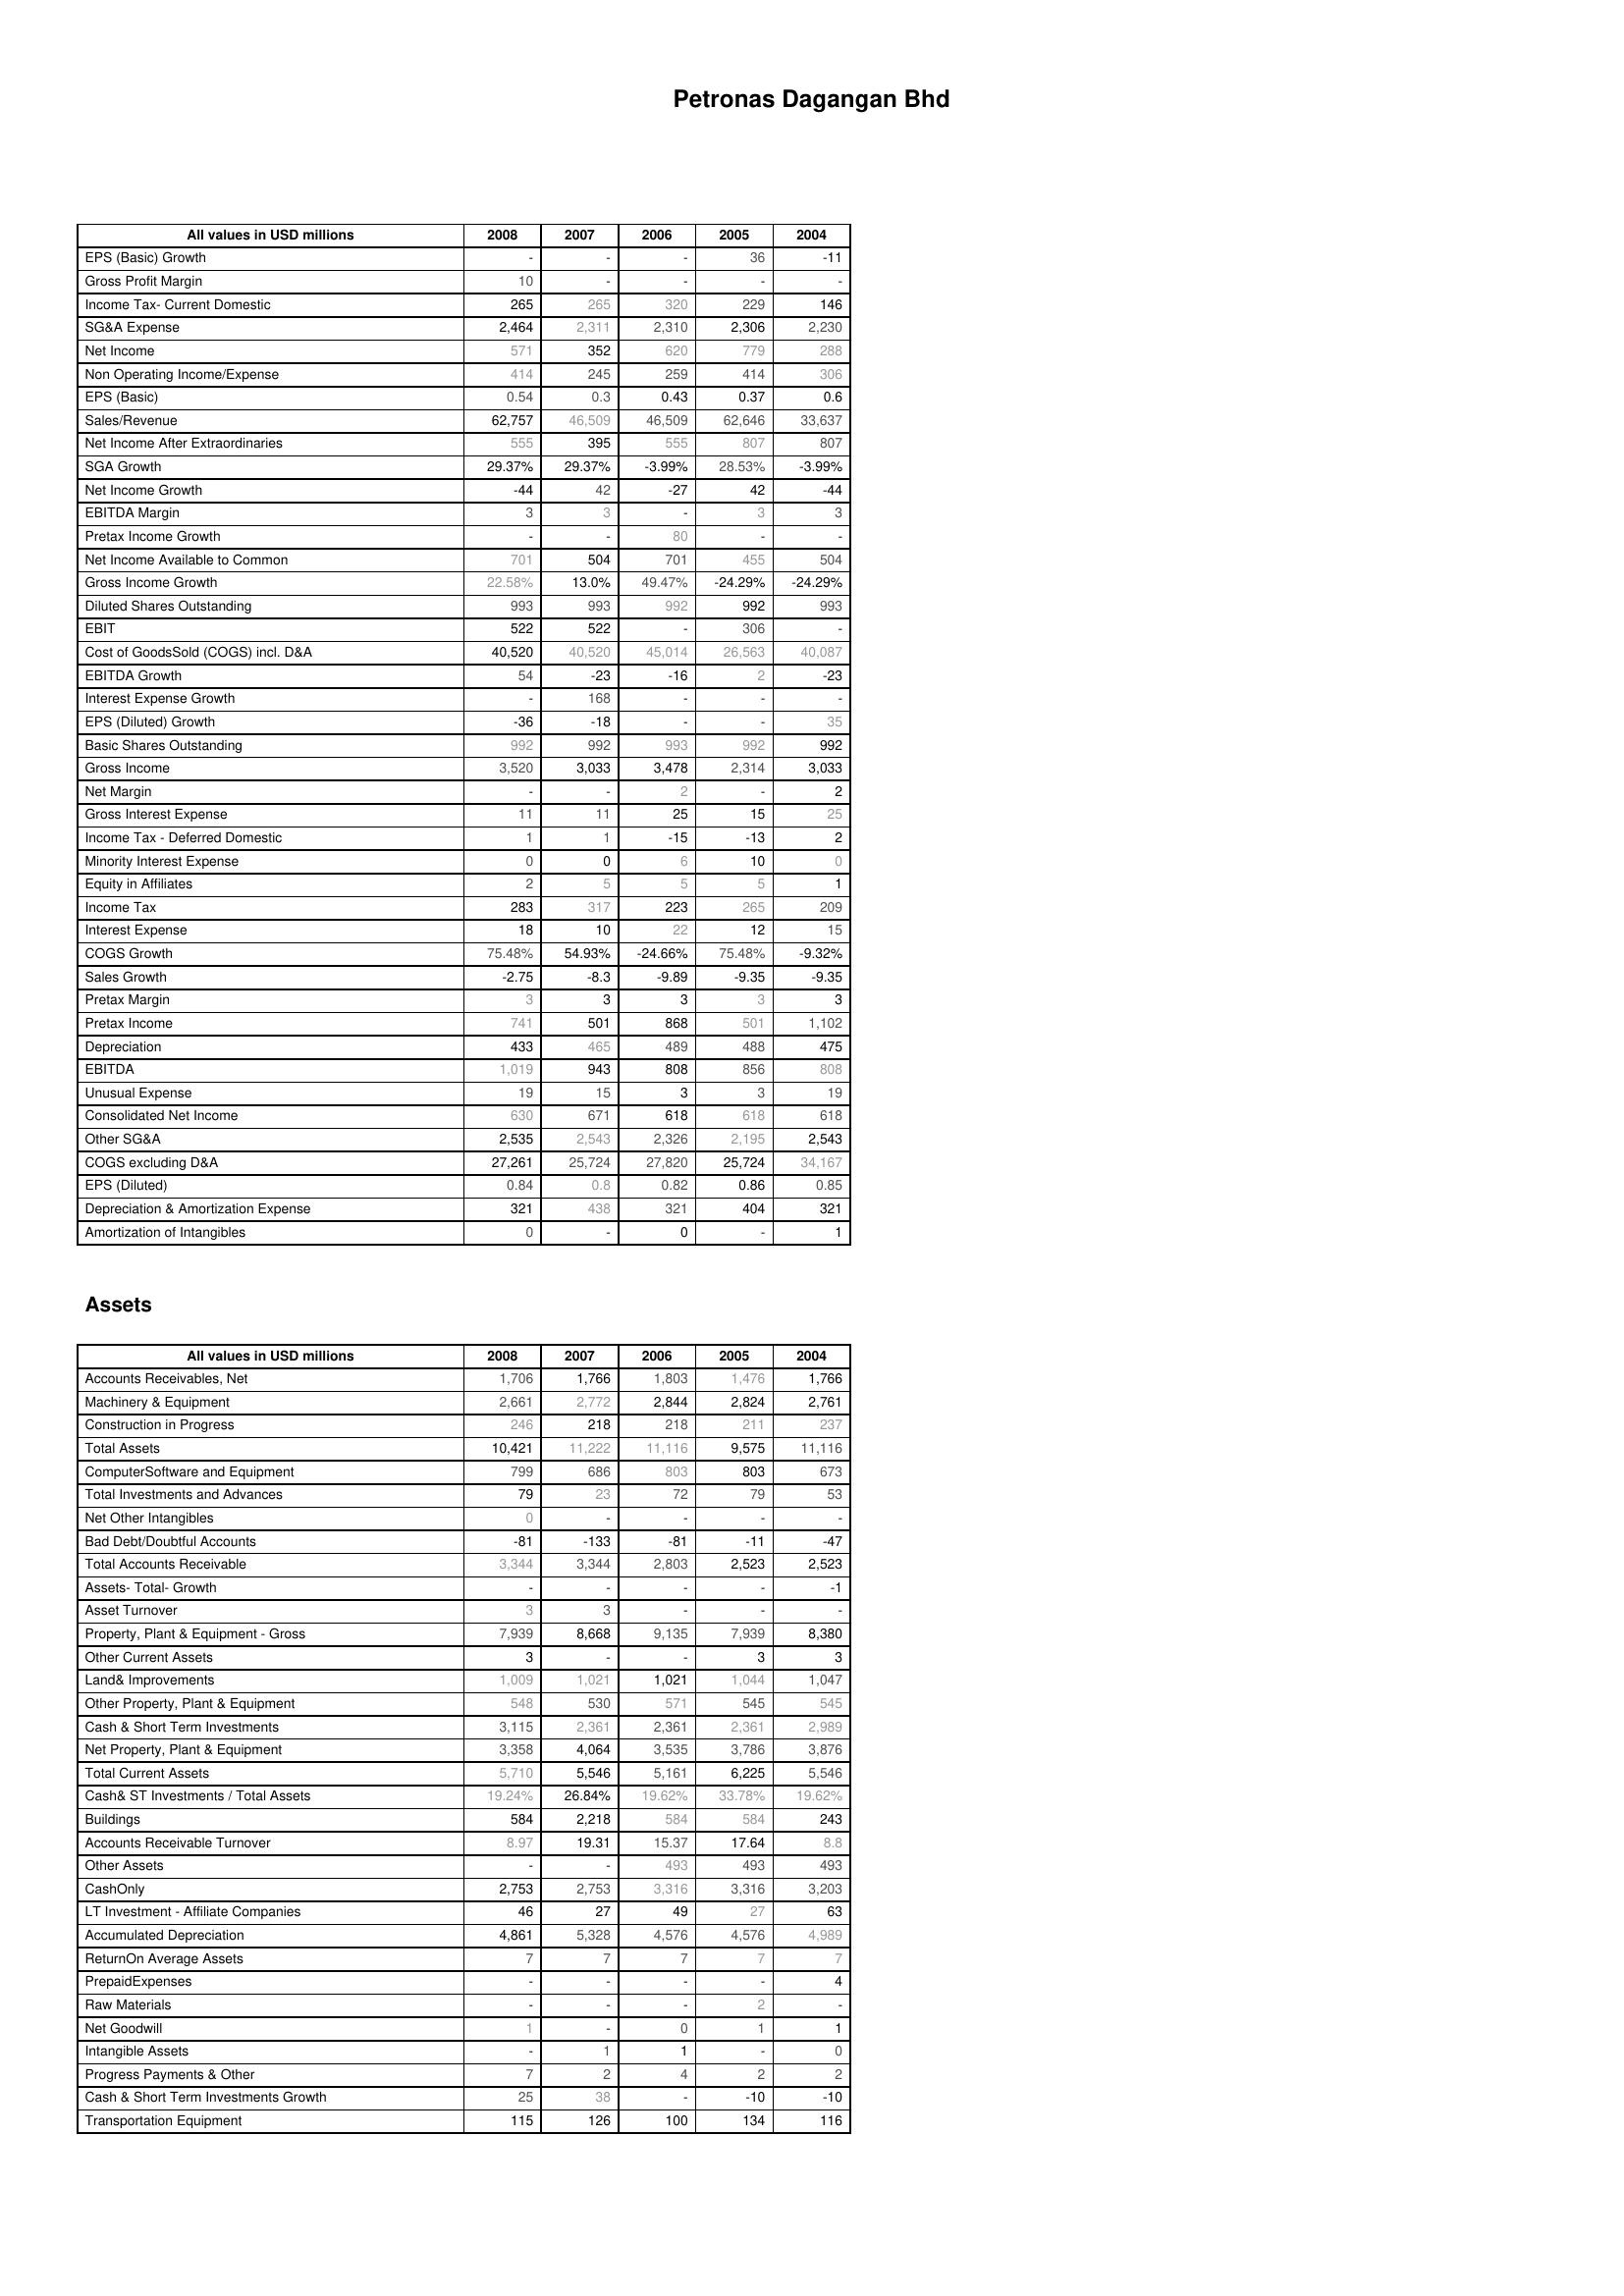
2008: : EPS (Basic) Growth: -
Gross Profit Margin: 10
Income Tax- Current Domestic: 265
SG&A Expense: 2,464
Net Income: 571
Non Operating Income/Expense: 414
EPS (Basic): 0.54
Sales/Revenue: 62,757
Net Income After Extraordinaries: 555
SGA Growth: 29.37%
Net Income Growth: -44
EBITDA Margin: 3
Pretax Income Growth: -
Net Income Available to Common: 701
Gross Income Growth: 22.58%
Diluted Shares Outstanding: 993
EBIT: 522
Cost of GoodsSold (COGS) incl. D&A: 40,520
EBITDA Growth: 54
Interest Expense Growth: -
EPS (Diluted) Growth: -36
Basic Shares Outstanding: 992
Gross Income: 3,520
Net Margin: -
Gross Interest Expense: 11
Income Tax - Deferred Domestic: 1
Minority Interest Expense: 0
Equity in Affiliates: 2
Income Tax: 283
Interest Expense: 18
COGS Growth: 75.48%
Sales Growth: -2.75
Pretax Margin: 3
Pretax Income: 741
Depreciation: 433
EBITDA: 1,019
Unusual Expense: 19
Consolidated Net Income: 630
Other SG&A: 2,535
COGS excluding D&A: 27,261
EPS (Diluted): 0.84
Depreciation & Amortization Expense: 321
Amortization of Intangibles: 0
Assets: Accounts Receivables, Net: 1,706
Machinery & Equipment: 2,661
Construction in Progress: 246
Total Assets: 10,421
ComputerSoftware and Equipment: 799
Total Investments and Advances: 79
Net Other Intangibles: 0
Bad Debt/Doubtful Accounts: -81
Total Accounts Receivable: 3,344
Assets- Total- Growth: -
Asset Turnover: 3
Property, Plant & Equipment - Gross : 7,939
Other Current Assets: 3
Land& Improvements: 1,009
Other Property, Plant & Equipment: 548
Cash & Short Term Investments: 3,115
Net Property, Plant & Equipment: 3,358
Total Current Assets: 5,710
Cash& ST Investments / Total Assets: 19.24%
Buildings: 584
Accounts Receivable Turnover: 8.97
Other Assets: -
CashOnly: 2,753
LT Investment - Affiliate Companies: 46
Accumulated Depreciation: 4,861
ReturnOn Average Assets: 7
PrepaidExpenses: -
Raw Materials: -
Net Goodwill: 1
Intangible Assets: -
Progress Payments & Other: 7
Cash & Short Term Investments Growth: 25
Transportation Equipment: 115
2007: : EPS (Basic) Growth: -
Gross Profit Margin: -
Income Tax- Current Domestic: 265
SG&A Expense: 2,311
Net Income: 352
Non Operating Income/Expense: 245
EPS (Basic): 0.3
Sales/Revenue: 46,509
Net Income After Extraordinaries: 395
SGA Growth: 29.37%
Net Income Growth: 42
EBITDA Margin: 3
Pretax Income Growth: -
Net Income Available to Common: 504
Gross Income Growth: 13.0%
Diluted Shares Outstanding: 993
EBIT: 522
Cost of GoodsSold (COGS) incl. D&A: 40,520
EBITDA Growth: -23
Interest Expense Growth: 168
EPS (Diluted) Growth: -18
Basic Shares Outstanding: 992
Gross Income: 3,033
Net Margin: -
Gross Interest Expense: 11
Income Tax - Deferred Domestic: 1
Minority Interest Expense: 0
Equity in Affiliates: 5
Income Tax: 317
Interest Expense: 10
COGS Growth: 54.93%
Sales Growth: -8.3
Pretax Margin: 3
Pretax Income: 501
Depreciation: 465
EBITDA: 943
Unusual Expense: 15
Consolidated Net Income: 671
Other SG&A: 2,543
COGS excluding D&A: 25,724
EPS (Diluted): 0.8
Depreciation & Amortization Expense: 438
Amortization of Intangibles: -
Assets: Accounts Receivables, Net: 1,766
Machinery & Equipment: 2,772
Construction in Progress: 218
Total Assets: 11,222
ComputerSoftware and Equipment: 686
Total Investments and Advances: 23
Net Other Intangibles: -
Bad Debt/Doubtful Accounts: -133
Total Accounts Receivable: 3,344
Assets- Total- Growth: -
Asset Turnover: 3
Property, Plant & Equipment - Gross : 8,668
Other Current Assets: -
Land& Improvements: 1,021
Other Property, Plant & Equipment: 530
Cash & Short Term Investments: 2,361
Net Property, Plant & Equipment: 4,064
Total Current Assets: 5,546
Cash& ST Investments / Total Assets: 26.84%
Buildings: 2,218
Accounts Receivable Turnover: 19.31
Other Assets: -
CashOnly: 2,753
LT Investment - Affiliate Companies: 27
Accumulated Depreciation: 5,328
ReturnOn Average Assets: 7
PrepaidExpenses: -
Raw Materials: -
Net Goodwill: -
Intangible Assets: 1
Progress Payments & Other: 2
Cash & Short Term Investments Growth: 38
Transportation Equipment: 126
2006: : EPS (Basic) Growth: -
Gross Profit Margin: -
Income Tax- Current Domestic: 320
SG&A Expense: 2,310
Net Income: 620
Non Operating Income/Expense: 259
EPS (Basic): 0.43
Sales/Revenue: 46,509
Net Income After Extraordinaries: 555
SGA Growth: -3.99%
Net Income Growth: -27
EBITDA Margin: -
Pretax Income Growth: 80
Net Income Available to Common: 701
Gross Income Growth: 49.47%
Diluted Shares Outstanding: 992
EBIT: -
Cost of GoodsSold (COGS) incl. D&A: 45,014
EBITDA Growth: -16
Interest Expense Growth: -
EPS (Diluted) Growth: -
Basic Shares Outstanding: 993
Gross Income: 3,478
Net Margin: 2
Gross Interest Expense: 25
Income Tax - Deferred Domestic: -15
Minority Interest Expense: 6
Equity in Affiliates: 5
Income Tax: 223
Interest Expense: 22
COGS Growth: -24.66%
Sales Growth: -9.89
Pretax Margin: 3
Pretax Income: 868
Depreciation: 489
EBITDA: 808
Unusual Expense: 3
Consolidated Net Income: 618
Other SG&A: 2,326
COGS excluding D&A: 27,820
EPS (Diluted): 0.82
Depreciation & Amortization Expense: 321
Amortization of Intangibles: 0
Assets: Accounts Receivables, Net: 1,803
Machinery & Equipment: 2,844
Construction in Progress: 218
Total Assets: 11,116
ComputerSoftware and Equipment: 803
Total Investments and Advances: 72
Net Other Intangibles: -
Bad Debt/Doubtful Accounts: -81
Total Accounts Receivable: 2,803
Assets- Total- Growth: -
Asset Turnover: -
Property, Plant & Equipment - Gross : 9,135
Other Current Assets: -
Land& Improvements: 1,021
Other Property, Plant & Equipment: 571
Cash & Short Term Investments: 2,361
Net Property, Plant & Equipment: 3,535
Total Current Assets: 5,161
Cash& ST Investments / Total Assets: 19.62%
Buildings: 584
Accounts Receivable Turnover: 15.37
Other Assets: 493
CashOnly: 3,316
LT Investment - Affiliate Companies: 49
Accumulated Depreciation: 4,576
ReturnOn Average Assets: 7
PrepaidExpenses: -
Raw Materials: -
Net Goodwill: 0
Intangible Assets: 1
Progress Payments & Other: 4
Cash & Short Term Investments Growth: -
Transportation Equipment: 100
2005: : EPS (Basic) Growth: 36
Gross Profit Margin: -
Income Tax- Current Domestic: 229
SG&A Expense: 2,306
Net Income: 779
Non Operating Income/Expense: 414
EPS (Basic): 0.37
Sales/Revenue: 62,646
Net Income After Extraordinaries: 807
SGA Growth: 28.53%
Net Income Growth: 42
EBITDA Margin: 3
Pretax Income Growth: -
Net Income Available to Common: 455
Gross Income Growth: -24.29%
Diluted Shares Outstanding: 992
EBIT: 306
Cost of GoodsSold (COGS) incl. D&A: 26,563
EBITDA Growth: 2
Interest Expense Growth: -
EPS (Diluted) Growth: -
Basic Shares Outstanding: 992
Gross Income: 2,314
Net Margin: -
Gross Interest Expense: 15
Income Tax - Deferred Domestic: -13
Minority Interest Expense: 10
Equity in Affiliates: 5
Income Tax: 265
Interest Expense: 12
COGS Growth: 75.48%
Sales Growth: -9.35
Pretax Margin: 3
Pretax Income: 501
Depreciation: 488
EBITDA: 856
Unusual Expense: 3
Consolidated Net Income: 618
Other SG&A: 2,195
COGS excluding D&A: 25,724
EPS (Diluted): 0.86
Depreciation & Amortization Expense: 404
Amortization of Intangibles: -
Assets: Accounts Receivables, Net: 1,476
Machinery & Equipment: 2,824
Construction in Progress: 211
Total Assets: 9,575
ComputerSoftware and Equipment: 803
Total Investments and Advances: 79
Net Other Intangibles: -
Bad Debt/Doubtful Accounts: -11
Total Accounts Receivable: 2,523
Assets- Total- Growth: -
Asset Turnover: -
Property, Plant & Equipment - Gross : 7,939
Other Current Assets: 3
Land& Improvements: 1,044
Other Property, Plant & Equipment: 545
Cash & Short Term Investments: 2,361
Net Property, Plant & Equipment: 3,786
Total Current Assets: 6,225
Cash& ST Investments / Total Assets: 33.78%
Buildings: 584
Accounts Receivable Turnover: 17.64
Other Assets: 493
CashOnly: 3,316
LT Investment - Affiliate Companies: 27
Accumulated Depreciation: 4,576
ReturnOn Average Assets: 7
PrepaidExpenses: -
Raw Materials: 2
Net Goodwill: 1
Intangible Assets: -
Progress Payments & Other: 2
Cash & Short Term Investments Growth: -10
Transportation Equipment: 134
2004: : EPS (Basic) Growth: -11
Gross Profit Margin: -
Income Tax- Current Domestic: 146
SG&A Expense: 2,230
Net Income: 288
Non Operating Income/Expense: 306
EPS (Basic): 0.6
Sales/Revenue: 33,637
Net Income After Extraordinaries: 807
SGA Growth: -3.99%
Net Income Growth: -44
EBITDA Margin: 3
Pretax Income Growth: -
Net Income Available to Common: 504
Gross Income Growth: -24.29%
Diluted Shares Outstanding: 993
EBIT: -
Cost of GoodsSold (COGS) incl. D&A: 40,087
EBITDA Growth: -23
Interest Expense Growth: -
EPS (Diluted) Growth: 35
Basic Shares Outstanding: 992
Gross Income: 3,033
Net Margin: 2
Gross Interest Expense: 25
Income Tax - Deferred Domestic: 2
Minority Interest Expense: 0
Equity in Affiliates: 1
Income Tax: 209
Interest Expense: 15
COGS Growth: -9.32%
Sales Growth: -9.35
Pretax Margin: 3
Pretax Income: 1,102
Depreciation: 475
EBITDA: 808
Unusual Expense: 19
Consolidated Net Income: 618
Other SG&A: 2,543
COGS excluding D&A: 34,167
EPS (Diluted): 0.85
Depreciation & Amortization Expense: 321
Amortization of Intangibles: 1
Assets: Accounts Receivables, Net: 1,766
Machinery & Equipment: 2,761
Construction in Progress: 237
Total Assets: 11,116
ComputerSoftware and Equipment: 673
Total Investments and Advances: 53
Net Other Intangibles: -
Bad Debt/Doubtful Accounts: -47
Total Accounts Receivable: 2,523
Assets- Total- Growth: -1
Asset Turnover: -
Property, Plant & Equipment - Gross : 8,380
Other Current Assets: 3
Land& Improvements: 1,047
Other Property, Plant & Equipment: 545
Cash & Short Term Investments: 2,989
Net Property, Plant & Equipment: 3,876
Total Current Assets: 5,546
Cash& ST Investments / Total Assets: 19.62%
Buildings: 243
Accounts Receivable Turnover: 8.8
Other Assets: 493
CashOnly: 3,203
LT Investment - Affiliate Companies: 63
Accumulated Depreciation: 4,989
ReturnOn Average Assets: 7
PrepaidExpenses: 4
Raw Materials: -
Net Goodwill: 1
Intangible Assets: 0
Progress Payments & Other: 2
Cash & Short Term Investments Growth: -10
Transportation Equipment: 116